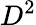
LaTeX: D^{2}